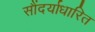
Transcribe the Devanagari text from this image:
सौंदर्याधारित